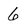
Character: 6